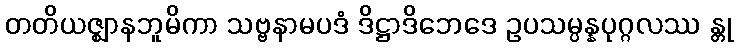
တတိယဇ္ဈာနဘူမိကာ သဗ္ဗနာမပဒံ ဒိဋ္ဌာဒိဘေဒေ ဥပသမ္ပန္နပုဂ္ဂလဿ န္တု